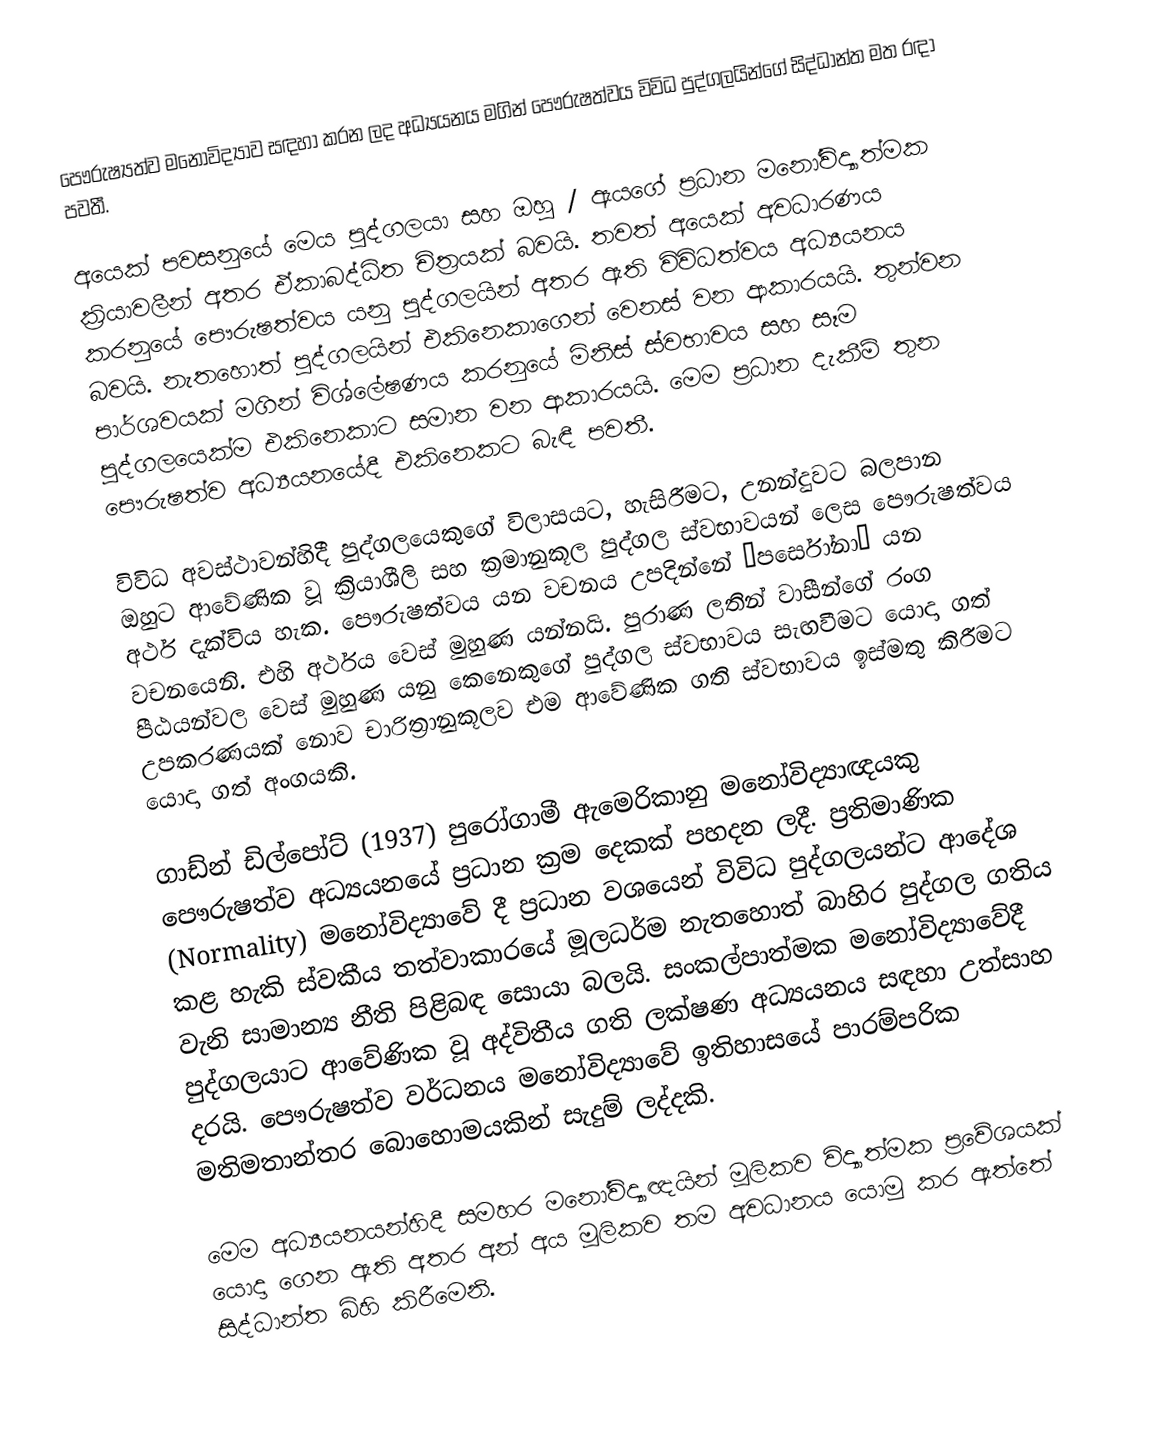
පෞරුෂ්‍යත්ව මනෝවිද්‍යාව සඳහා කරන ලද අධ්‍යයනය මගින් පෞරුෂත්වය  විවිධ පුද්ගලයින්ගේ සිද්ධාන්ත මත රඳා පවතී.

අයෙක් පවසනුයේ මෙය පුද්ගලයා සහ ඔහු / ඇයගේ ප්‍රධාන මනෝවිද්‍යාත්මක ක්‍රියාවලීන් අතර ඒකාබද්ධිත චිත්‍රයක් බවයි. තවත් අයෙක් අවධාරණය කරනුයේ පෞරුෂත්වය යනු පුද්ගලයින් අතර ඇති විවිධත්වය අධ්‍යයනය බවයි. නැතහොත් පුද්ගලයින් එකිනෙකාගෙන් වෙනස් වන ආකාරයයි. තුන්වන පාර්ශවයක් මගින් විශ්ලේෂණය කරනුයේ මිනිස් ස්වභාවය සහ සෑම පුද්ගලයෙක්ම එකිනෙකාට සමාන වන ආකාරයයි. මෙම ප්‍රධාන දැකීම් තුන පෞරුෂත්ව අධ්‍යයනයේදී එකිනෙකට බැඳී පවතී.

විවිධ අවස්ථාවන්හිදී පුද්ගලයෙකුගේ විලාසයට, හැසිරීමට, උනන්දුවට බලපාන ඔහුට ආවේණික වූ ක්‍රියාශීලි සහ ක්‍රමානුකූල පුද්ගල ස්වභාවයන් ලෙස පෞරුෂත්වය අර්ථ දැක්විය හැක. පෞරුෂත්වය යන වචනය උපදින්නේ “පර්සෝනා” යන වචනයෙනි. එහි අර්ථය වෙස් මුහුණ යන්නයි. පුරාණ ලතින් වාසීන්ගේ රංග පීඨයන්වල වෙස් මුහුණ යනු කෙනෙකුගේ පුද්ගල ස්වභාවය සැඟවීමට යොදා ගත් උපකරණයක් නොව චාරිත්‍රානුකූලව එම ආවේණික ගති ස්වභාවය ඉස්මතු කිරීමට යොදා ගත් අංගයකි.

ගාඩ්න් ඩිල්පෝට් (1937) පුරෝගාමී ඇමෙරිකානු මනෝවිද්‍යාඥයකු පෞරුෂත්ව අධ්‍යයනයේ ප්‍රධාන ක්‍රම දෙකක් පහදන ලදී. ප්‍රතිමාණික (Normality)  මනෝවිද්‍යාවේ දී ප්‍රධාන වශයෙන් විවිධ පුද්ගලයන්ට ආදේශ කළ හැකි ස්වකීය තත්වාකාරයේ මූලධර්ම නැතහොත් බාහිර පුද්ගල ගතිය වැනි සාමාන්‍ය නීති පිළිබඳ සොයා බලයි. සංකල්පාත්මක මනෝවිද්‍යාවේදී පුද්ගලයාට ආවේණික වූ අද්විතීය ගති ලක්ෂණ අධ්‍යයනය සඳහා උත්සාහ දරයි. පෞරුෂත්ව වර්ධනය මනෝවිද්‍යාවේ ඉතිහාසයේ පාරම්පරික මතිමතාන්තර බොහොමයකින් සැදුම් ලද්දකි.

මෙම අධ්‍යයනයන්හිදී සමහර මනෝවිද්‍යාඥයින් මූලිකව විද්‍යාත්මක ප්‍රවේශයක් යොදා ගෙන ඇති අතර අන් අය මූලිකව තම අවධානය යොමු කර ඇත්තේ සිද්ධාන්ත බිහි කිරීමෙනි.